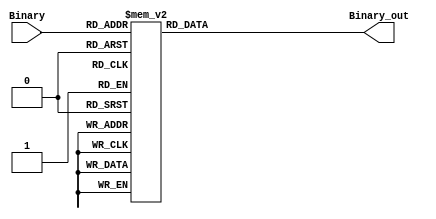
module Add_3(Binary, Binary_out);
input       [3:0] Binary;
output reg  [3:0] Binary_out;
always @(*) begin
case(Binary)
  4'd0 :    Binary_out = 4'd0;
  4'd1 :    Binary_out = 4'd1;
  4'd2 :    Binary_out = 4'd2;
  4'd3 :    Binary_out = 4'd3;
  4'd4 :    Binary_out = 4'd4;
  4'd5 :    Binary_out = 4'd8;
  4'd6 :    Binary_out = 4'd9;
  4'd7 :    Binary_out = 4'd10;
  4'd8 :    Binary_out = 4'd11;
  4'd9 :    Binary_out = 4'd12;
  default : Binary_out = 4'bxxxx;
endcase
end
endmodule

module Binary_to_BCD(Binary, BCD);
input   [3:0] Binary;
output  [9:0] BCD;
wire    [11:0] t;
    assign BCD[0] = Binary[0];
    Add_3 C1( {1'b0, 1'b0, 1'b0, Binary[3]}, t[3:0]);
    Add_3 C2( {t[2], t[1], t[0], Binary[2]}, t[7:4]);
    Add_3 C3( {1'b0, 1'b0, 1'b0, t[3]}, t[11:8]);
    Add_3 C4( {t[6], t[5], t[4], Binary[1]}, BCD[4:1]);
    Add_3 C5( {t[10], t[9], t[8], t[7]} , BCD[8:5]);   
    assign BCD[9] = t[11];
endmodule

module BCD_to_7seg(bcd_in, seven_seg_out);
 input  [3:0] bcd_in;
 output [7:0] seven_seg_out;
 reg    [6:0] char_out;
// char_out[6] == a. char[5] == b ...

 always@(*) begin
 case(bcd_in)
    4'b0000 : char_out <= 7'b1111110;
    4'b0001 : char_out <= 7'b0110000;
    4'b0010 : char_out <= 7'b1101101;
    4'b0011 : char_out <= 7'b1111001;
    4'b0100 : char_out <= 7'b0110011;
    4'b0101 : char_out <= 7'b1011011;
    4'b0110 : char_out <= 7'b1011111;
    4'b0111 : char_out <= 7'b1110010;
    4'b1000 : char_out <= 7'b1111111;
    4'b1001 : char_out <= 7'b1111011;
    default : char_out <= 7'd0; //NULL
 endcase
 end
assign seven_seg_out = {char_out[6:0], 1'b0};

endmodule

module SevenSeg_CTRL( iCLK, nRST, iSEG7, iSEG6, iSEG5, iSEG4, iSEG3, iSEG2, iSEG1, iSEG0, oS_COM, oS_ENS);
input            iCLK, nRST;
input      [7:0] iSEG0, iSEG1, iSEG2, iSEG3, iSEG4, iSEG5, iSEG6, iSEG7;
output reg [7:0] oS_COM, oS_ENS;
integer CNT_SCAN;
always @(posedge iCLK) begin
    if(nRST) begin
        oS_COM   <= 8'b00000000;
        oS_ENS   <= 0;
        CNT_SCAN = 0;
    end
    else begin
        if(CNT_SCAN >= 7) CNT_SCAN = 0;
        else CNT_SCAN = CNT_SCAN + 1;
        case(CNT_SCAN)
        0: begin
            oS_COM <= 8'b11111110;
            oS_ENS <= iSEG0;
        end        
        1: begin
            oS_COM <= 8'b11111101;
            oS_ENS <= iSEG1;
        end
        2: begin
            oS_COM <= 8'b11111011;
            oS_ENS <= iSEG2;
        end
        3: begin
            oS_COM <= 8'b11110111;
            oS_ENS <= iSEG3;
        end
        4: begin
            oS_COM <= 8'b11101111;
            oS_ENS <= iSEG4;
        end        
        5: begin
            oS_COM <= 8'b11011111;
            oS_ENS <= iSEG5;
        end
        6: begin
            oS_COM <= 8'b10111111;
            oS_ENS <= iSEG6;
        end
        7: begin
            oS_COM <= 8'b01111111;
            oS_ENS <= iSEG7;
        end
        default : begin
            oS_COM <= 8'b11111111;
            oS_ENS <= iSEG7;
        end
    endcase
    end
end
endmodule

module Binary_to_7_Segment(iCLK, nRST, Binary, oS_COM, oS_ENS);
input   iCLK, nRST;
input   [3:0] Binary;
output  [7:0] oS_COM, oS_ENS;
wire    [9:0] BCD;
wire    [7:0] seven_seg_out_1, seven_seg_out_2;

Binary_to_BCD U0(Binary, BCD);
BCD_to_7seg   U1(BCD[3:0], seven_seg_out_1);
BCD_to_7seg   U2(BCD[7:4], seven_seg_out_2);
SevenSeg_CTRL U3(iCLK, nRST, seven_seg_out_2, seven_seg_out_1, , , , , , , oS_COM, oS_ENS);
endmodule